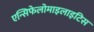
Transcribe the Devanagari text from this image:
एन्सिफेलोमाइलाइटिस